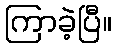
ကြာခဲ့ပြီ။